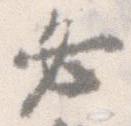
必